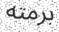
برمته